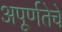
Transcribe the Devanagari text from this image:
अपूर्णतेचे